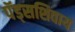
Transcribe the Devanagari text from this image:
पॅड्सशिवाय